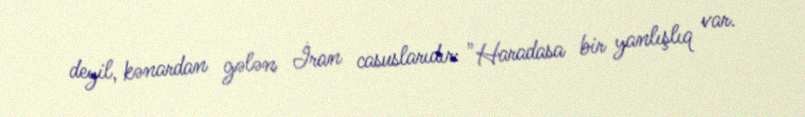
deyil, kənardan gələn İran casuslarıdır: "Haradasa bir yanlışlıq var.